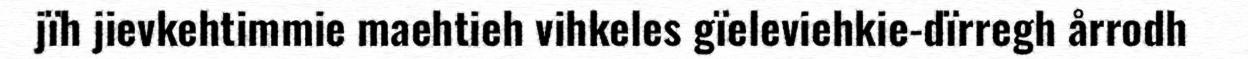
jïh jievkehtimmie maehtieh vihkeles gïeleviehkie-dïrregh årrodh